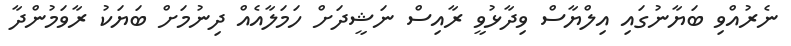
ނެރުއްވި ބަޔާނުގައި އިލްޔާސް ވިދާޅުވީ ރާއިސް ނަޝީދަށް ހަމަލާއެއް ދިނުމަށް ބަޔަކު ރާވަމުންދާ